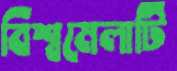
বিশ্বমেলাটি